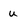
Character: u